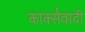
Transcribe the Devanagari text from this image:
कार्क्सवादी